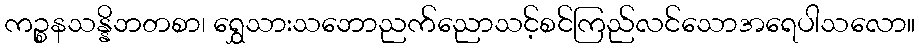
ကဉ္စနသန္နိဘတစာ၊ ရွှေသားသဘောညက်ညောသင့်စင်ကြည်လင်သောအရေပါသလော။